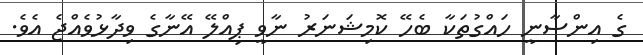
ގެ އިންސާނީ ހައްގުތަކާ ބެހޭ ކޮމިޝަނަރު ނާވީ ޕިއްލޭ އޭނާގެ ވިދާޅުވެއްޖެ އެވެ.